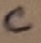
Text: C